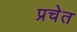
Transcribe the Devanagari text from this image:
प्रचेत